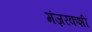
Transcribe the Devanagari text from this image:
मंज़रकशी